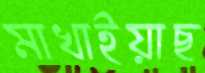
মাখাইয়াছ